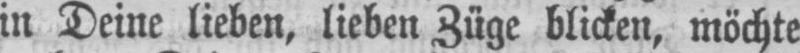
in Deine lieben, lieben Züge blicken, möchte